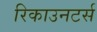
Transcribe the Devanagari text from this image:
रिकाउनटर्स